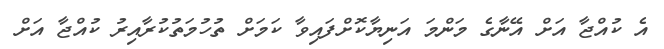
އެ ކުއްޖާ އަށް އޭނާގެ މަންމަ އަނިޔާކޮށްފައިވާ ކަމަށް ތުހުމަތުކުރާއިރު ކުއްޖާ އަށް